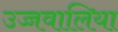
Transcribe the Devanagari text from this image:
उच्चवालिया